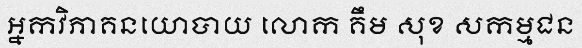
អ្នកវិភាគនយោបាយ លោក គឹម សុខ សកម្មជន